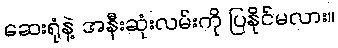
ဆေးရုံနဲ့ အနီးဆုံးလမ်းကို ပြနိုင်မလား။